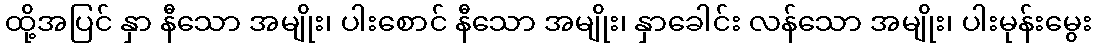
ထို့အပြင် နှာ နီသော အမျိုး၊ ပါးစောင် နီသော အမျိုး၊ နှာခေါင်း လန်သော အမျိုး၊ ပါးမုန်းမွေး